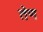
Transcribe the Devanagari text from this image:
तेण